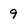
Character: 9